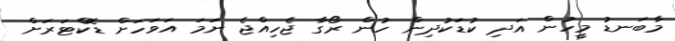
މާބަނޑު މީހުން އަދި ކުޑަކުދިން ހުން ރޯގާ ޖެހިއްޖެ ނަމަ އަވަހަށް ޑޮކްޓަރަށް